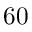
6 0